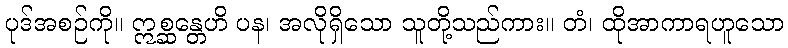
ပုဒ်အစဉ်ကို။ ဣစ္ဆန္တေဟိ ပန၊ အလိုရှိသော သူတို့သည်ကား။ တံ၊ ထိုအာကာရဟူသော